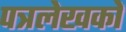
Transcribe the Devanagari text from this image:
पत्रलेखकों